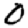
Digit: 0